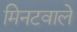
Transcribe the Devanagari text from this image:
मिनटवाले